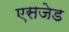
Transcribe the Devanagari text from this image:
एसजेड